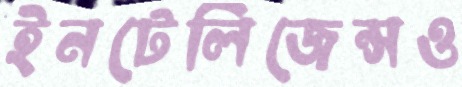
ইনটেলিজেন্সও